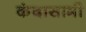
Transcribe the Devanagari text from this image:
कंदासामी